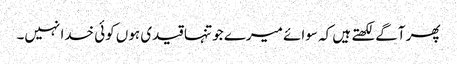
پھر آگے لکھتے ہیں کہ سوائے میرے جو تنہا قیدی ہوں کوئی خدا نہیں۔